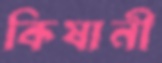
কিষানী